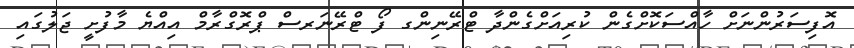
އޮފިސަރުންނަށް ހާއްސަކޮށްގެން ކުރިއަށްގެންދާ ޓްރޭނިންގ ފޯ ޓްރޭނަރސް ޕްރޮގްރާމް އިއްޔެ މާފުށީ ޖަލުގައި